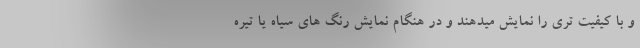
و با کیفیت تری را نمایش میدهند و در هنگام نمایش رنگ های سیاه یا تیره